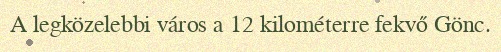
A legközelebbi város a 12 kilométerre fekvő Gönc.